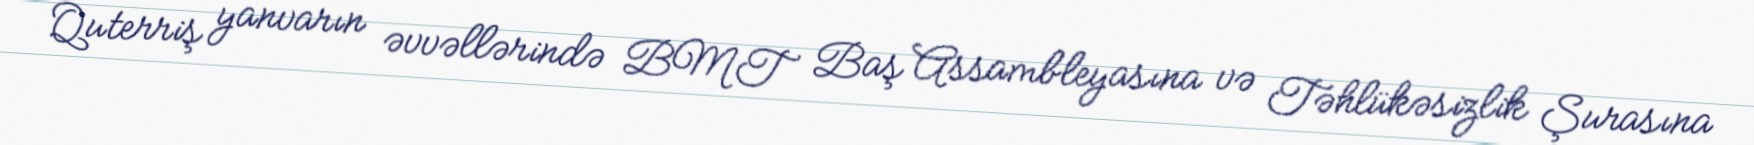
Quterriş yanvarın əvvəllərində BMT Baş Assambleyasına və Təhlükəsizlik Şurasına